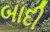
બાદી